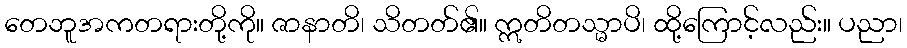
တေဘူအကတရားတို့ကို။ ဇာနာတိ၊ သိတတ်၏။ ဣတိတသ္မာပိ၊ ထို့ကြောင့်လည်း။ ပညာ၊